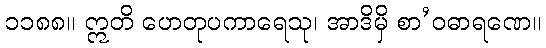
၁၁၈၈။ ဣတိ ဟေတုပကာရေသု၊ အာဒိမှိ စာ’ဝဓာရဏေ။